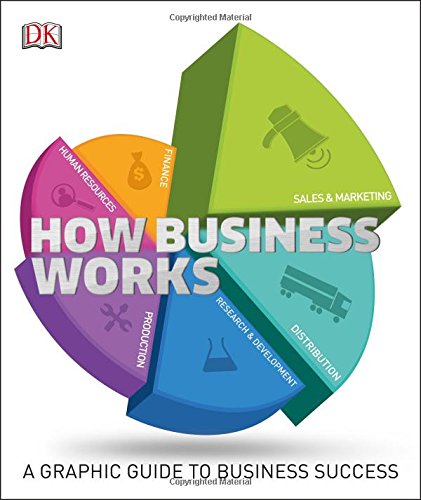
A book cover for How Business Works; Alexandra Black; Reference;